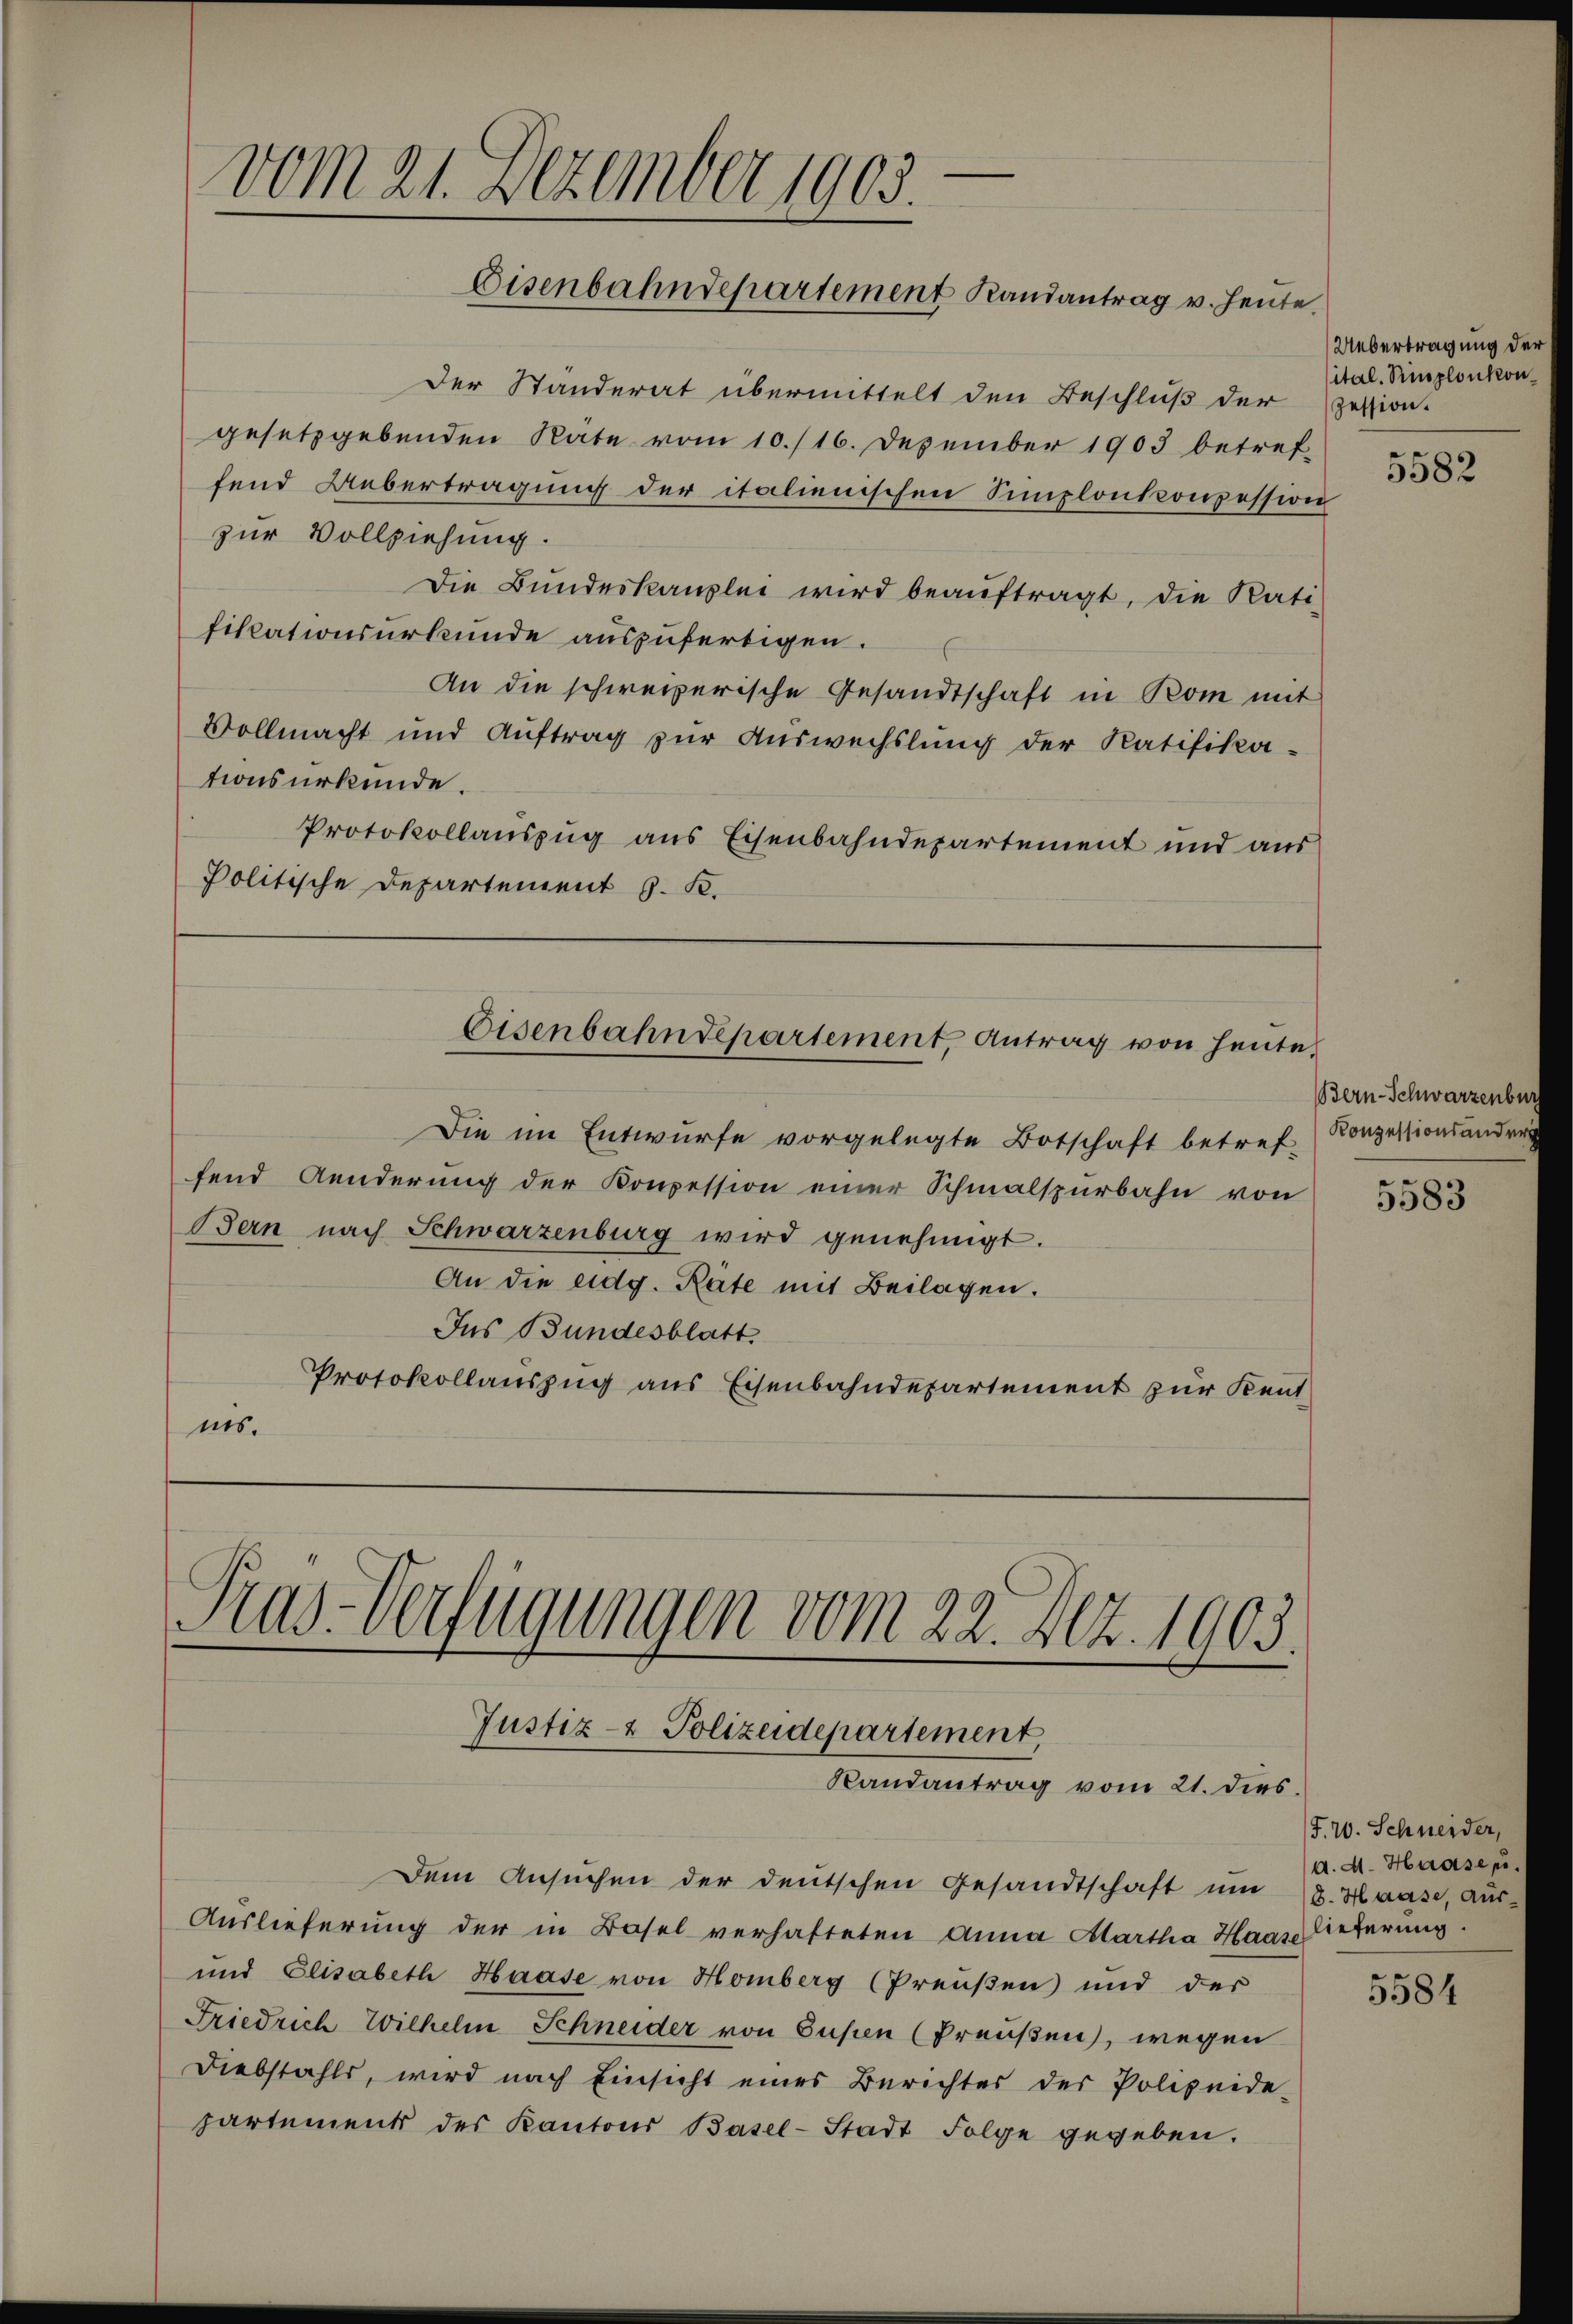
vom 21. Dezember 1903.
Eisenbahndepartement Randantrag v. Heute.

Der Standerat übermittelt den Beschluß der Zession.
gesetzgebenden Räte vom 10./16. Dezember 1903 betref-
fend Uebertragung der italienischen Simplonkonzession
zur Vollziehung.
Die Bŭndeskanzlei wird beaŭftragt, die Rati
fikationsurkunde auszufertigen.
An die schweizerische Gesandtschaft in Rom mit
Vollmacht und Auftrag zur Auswechslung der Ratifika-
tionsurkunde.
Protokollauszug aus Eisenbahndepartement und aus
Politische Departement J. K.

Die im Entwürfe vorgelegte Botschaft betref Konzessionsandre
fend Aenderung der Konpession einer Schmalspurbahn von
Bern nach Schwarzenburg wird genehmigt.
An die eidg. Räte mit Beilagen.
Ins Bundesblatt
Protokollauszug aus Eisenbahndepartement zur Kentnis.

Eisenbahndepartement, Antrag von heute.

Pras-Verfügungen vom 22. Atz. 1903.
Justiz- & Polizeidepartement,
Randantrag vom 21. dies

Dem Ansuchen der deutschen Gesandtschaft um
Auslieferung der in Basel verhafteten Anna Alartha Haar Lieferung.
und Elisabeth Haase von Homberg (Preußen und der
Friedrich Wilhelm Schneider von Gusen (Preußen, wegen
Diebstahls, wird nach Einsicht eines Berichtes der Polizeide-
hartement des Kantons Basel-Stadt Folge gegeben.

Uebertragung der
ital. Simplonkon¬

5582

Bern-Schwarzenbur

5583

J. 20. Schneider,
d. d. Haasep
8. Haase, Aus-

5584